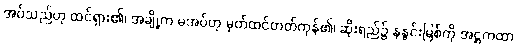
အပ်သည်ဟု ထင်ရှား၏၊ အချို့က မအပ်ဟု မှတ်ထင်တတ်ကုန်၏၊ ဆိုးရည်၌ နနွင်းမြစ်ကို အဋ္ဌကထာ